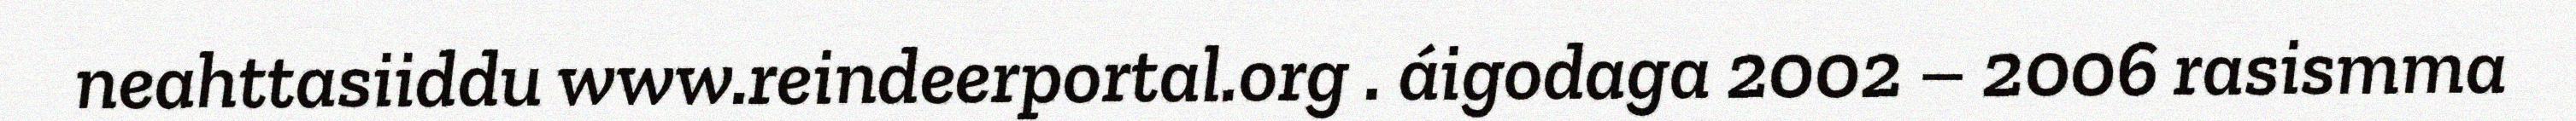
neahttasiiddu www.reindeerportal.org . áigodaga 2002 – 2006 rasismma